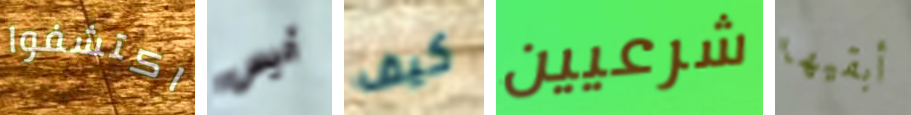
اكتشفوا أليس كيف شرعيين أبقيها